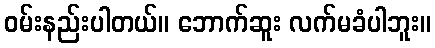
ဝမ်းနည်းပါတယ်။ ဘောက်ဆူး လက်မခံပါဘူး။